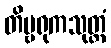
တိမ္ဗရုကသုတ္တံ